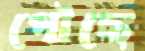
পৌছে